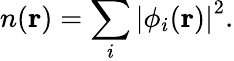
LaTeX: n(\mathbf{r})=\sum_{i}\left|\phi_{i}(\mathbf{r})\right|^{2}.